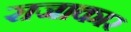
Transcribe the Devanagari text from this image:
राजाकार